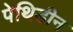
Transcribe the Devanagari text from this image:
पेथिडीन